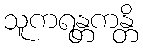
သူကရန္တကန္တိ